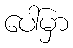
ပေါ်မှာ